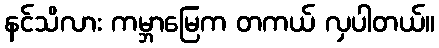
နင်သိလား ကမ္ဘာမြေက တကယ် လှပါတယ်။